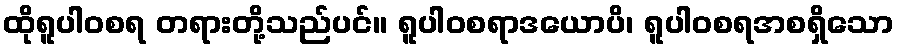
ထိုရူပါဝစရ တရားတို့သည်ပင်။ ရူပါဝစရာဒယောပိ၊ ရူပါဝစရအစရှိသော